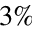
3 \%